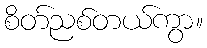
စိတ်ညစ်တယ်ကွာ။